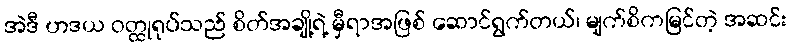
အဲဒီ ဟဒယ ဝတ္ထုရုပ်သည် စိတ်အချို့ရဲ့ မှီရာအဖြစ် ဆောင်ရွက်တယ်၊ မျက်စိကမြင်တဲ့ အဆင်း